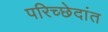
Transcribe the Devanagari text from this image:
परिच्छेदांत